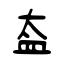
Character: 盇